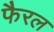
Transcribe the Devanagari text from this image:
फैरल